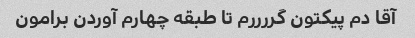
آقا دم پیکتون گررررم تا طبقه چهارم آوردن برامون